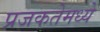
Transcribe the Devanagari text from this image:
प्रजकतेमध्ये